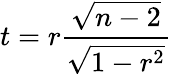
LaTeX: t=r\frac{\sqrt{n-2}}{\sqrt{1-r^{2}}}